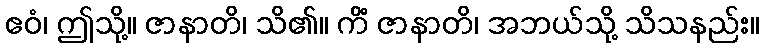
ဧဝံ၊ ဤသို့။ ဇာနာတိ၊ သိ၏။ ကိံ ဇာနာတိ၊ အဘယ်သို့ သိသနည်း။